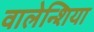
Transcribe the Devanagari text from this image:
वालेन्शिया